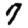
Digit: 7